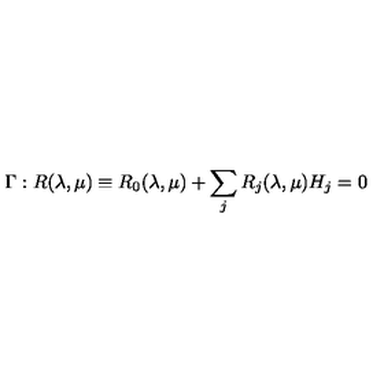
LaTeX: \Gamma : R ( \lambda , \mu ) \equiv R _ { 0 } ( \lambda , \mu ) + \sum _ { j } R _ { j } ( \lambda , \mu ) H _ { j } = 0